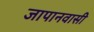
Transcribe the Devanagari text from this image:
जापानवासी